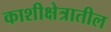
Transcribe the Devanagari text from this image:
काशीक्षेत्रातील